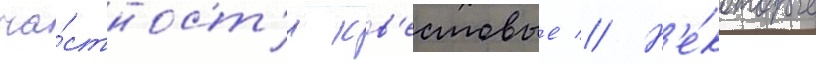
ча́стност'и кв'естовые // Н'е́которые